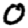
Digit: 0